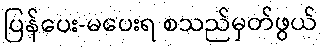
ပြန်ပေး-မပေးရ စသည်မှတ်ဖွယ်